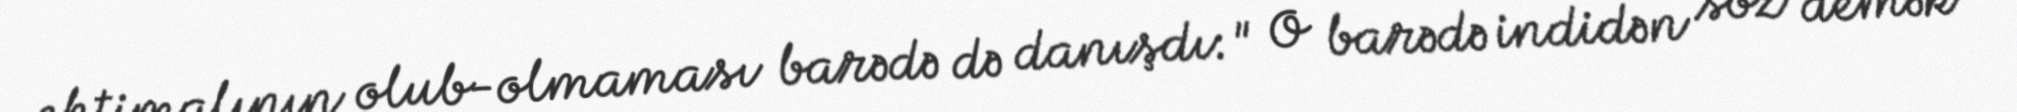
ehtimalının olub-olmaması barədə də danışdı: " O barədə indidən söz demək